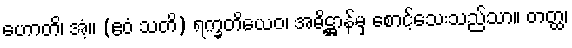
ဟောတိ၊ အံ့။ (ဧဝံ သတိ) ရက္ခတိယေဝ၊ အဓိဋ္ဌာန်မှ စောင့်သေးသည်သာ။ တတ္ထ၊